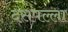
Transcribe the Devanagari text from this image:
दसपल्ला